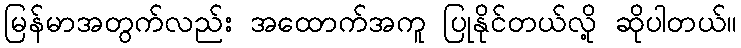
မြန်မာအတွက်လည်း အထောက်အကူ ပြုနိုင်တယ်လို့ ဆိုပါတယ်။